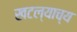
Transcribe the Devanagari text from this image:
खटल्याच्य